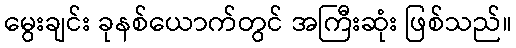
မွေးချင်း ခုနစ်ယောက်တွင် အကြီးဆုံး ဖြစ်သည်။